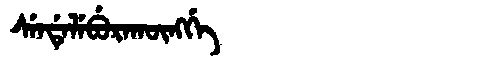
Manchu: ᠰᡝᠨᡩᡝᠯᡝᠪᡠᡵᠠᡴᡡᠩᡤᡝ
Romanization: SENDELEBURAKŪNGGE